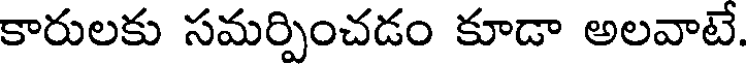
కారులకు సమర్పించడం కూడా అలవాటే.